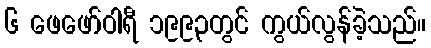
၆ ဖေဖော်ဝါရီ ၁၉၉၃တွင် ကွယ်လွန်ခဲ့သည်။